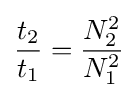
{\frac {t_{2}}{t_{1}}}={\frac {N_{2}^{2}}{N_{1}^{2}}}